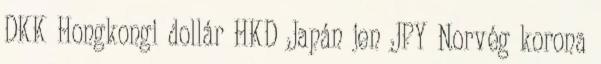
DKK Hongkongi dollár HKD Japán jen JPY Norvég korona